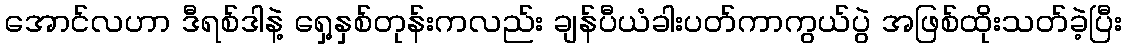
အောင်လဟာ ဒီရစ်ဒါနဲ့ ရှေ့နှစ်တုန်းကလည်း ချန်ပီယံခါးပတ်ကာကွယ်ပွဲ အဖြစ်ထိုးသတ်ခဲ့ပြီး